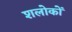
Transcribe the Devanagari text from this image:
शलोकों